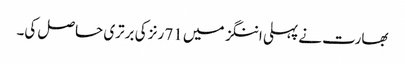
بھارت نے پہلی اننگز میں 71 رنز کی برتری حاصل کی۔